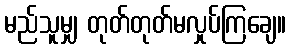
မည်သူမျှ တုတ်တုတ်မလှုပ်ကြချေ။